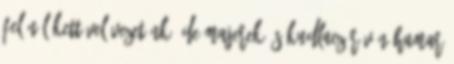
felénél kettővel vezetünk, de Majerek és Kudlacz révén hamar